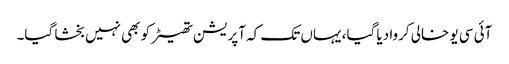
آئی سی یو خالی کروا دیا گیا، یہاں تک کہ آپریشن تھیٹر کو بھی نہیں بخشا گیا۔